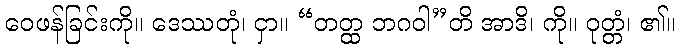
ဝေဖန်ခြင်းကို။ ဒေဿတုံ၊ ငှာ။ “တတ္ထ ဘဂဝါ”တိ အာဒိ၊ ကို။ ဝုတ္တံ၊ ၏။